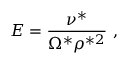
E = \frac { \nu ^ { * } } { \Omega ^ { * } \rho ^ { * 2 } } \ ,